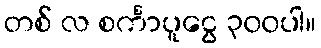
တစ် လ စင်္ကာပူငွေ ၃၀၀ပါ။